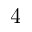
4